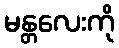
မန္တလေးကို